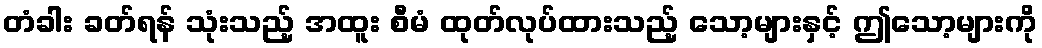
တံခါး ခတ်ရန် သုံးသည့် အထူး စီမံ ထုတ်လုပ်ထားသည့် သော့များနှင့် ဤသော့များကို